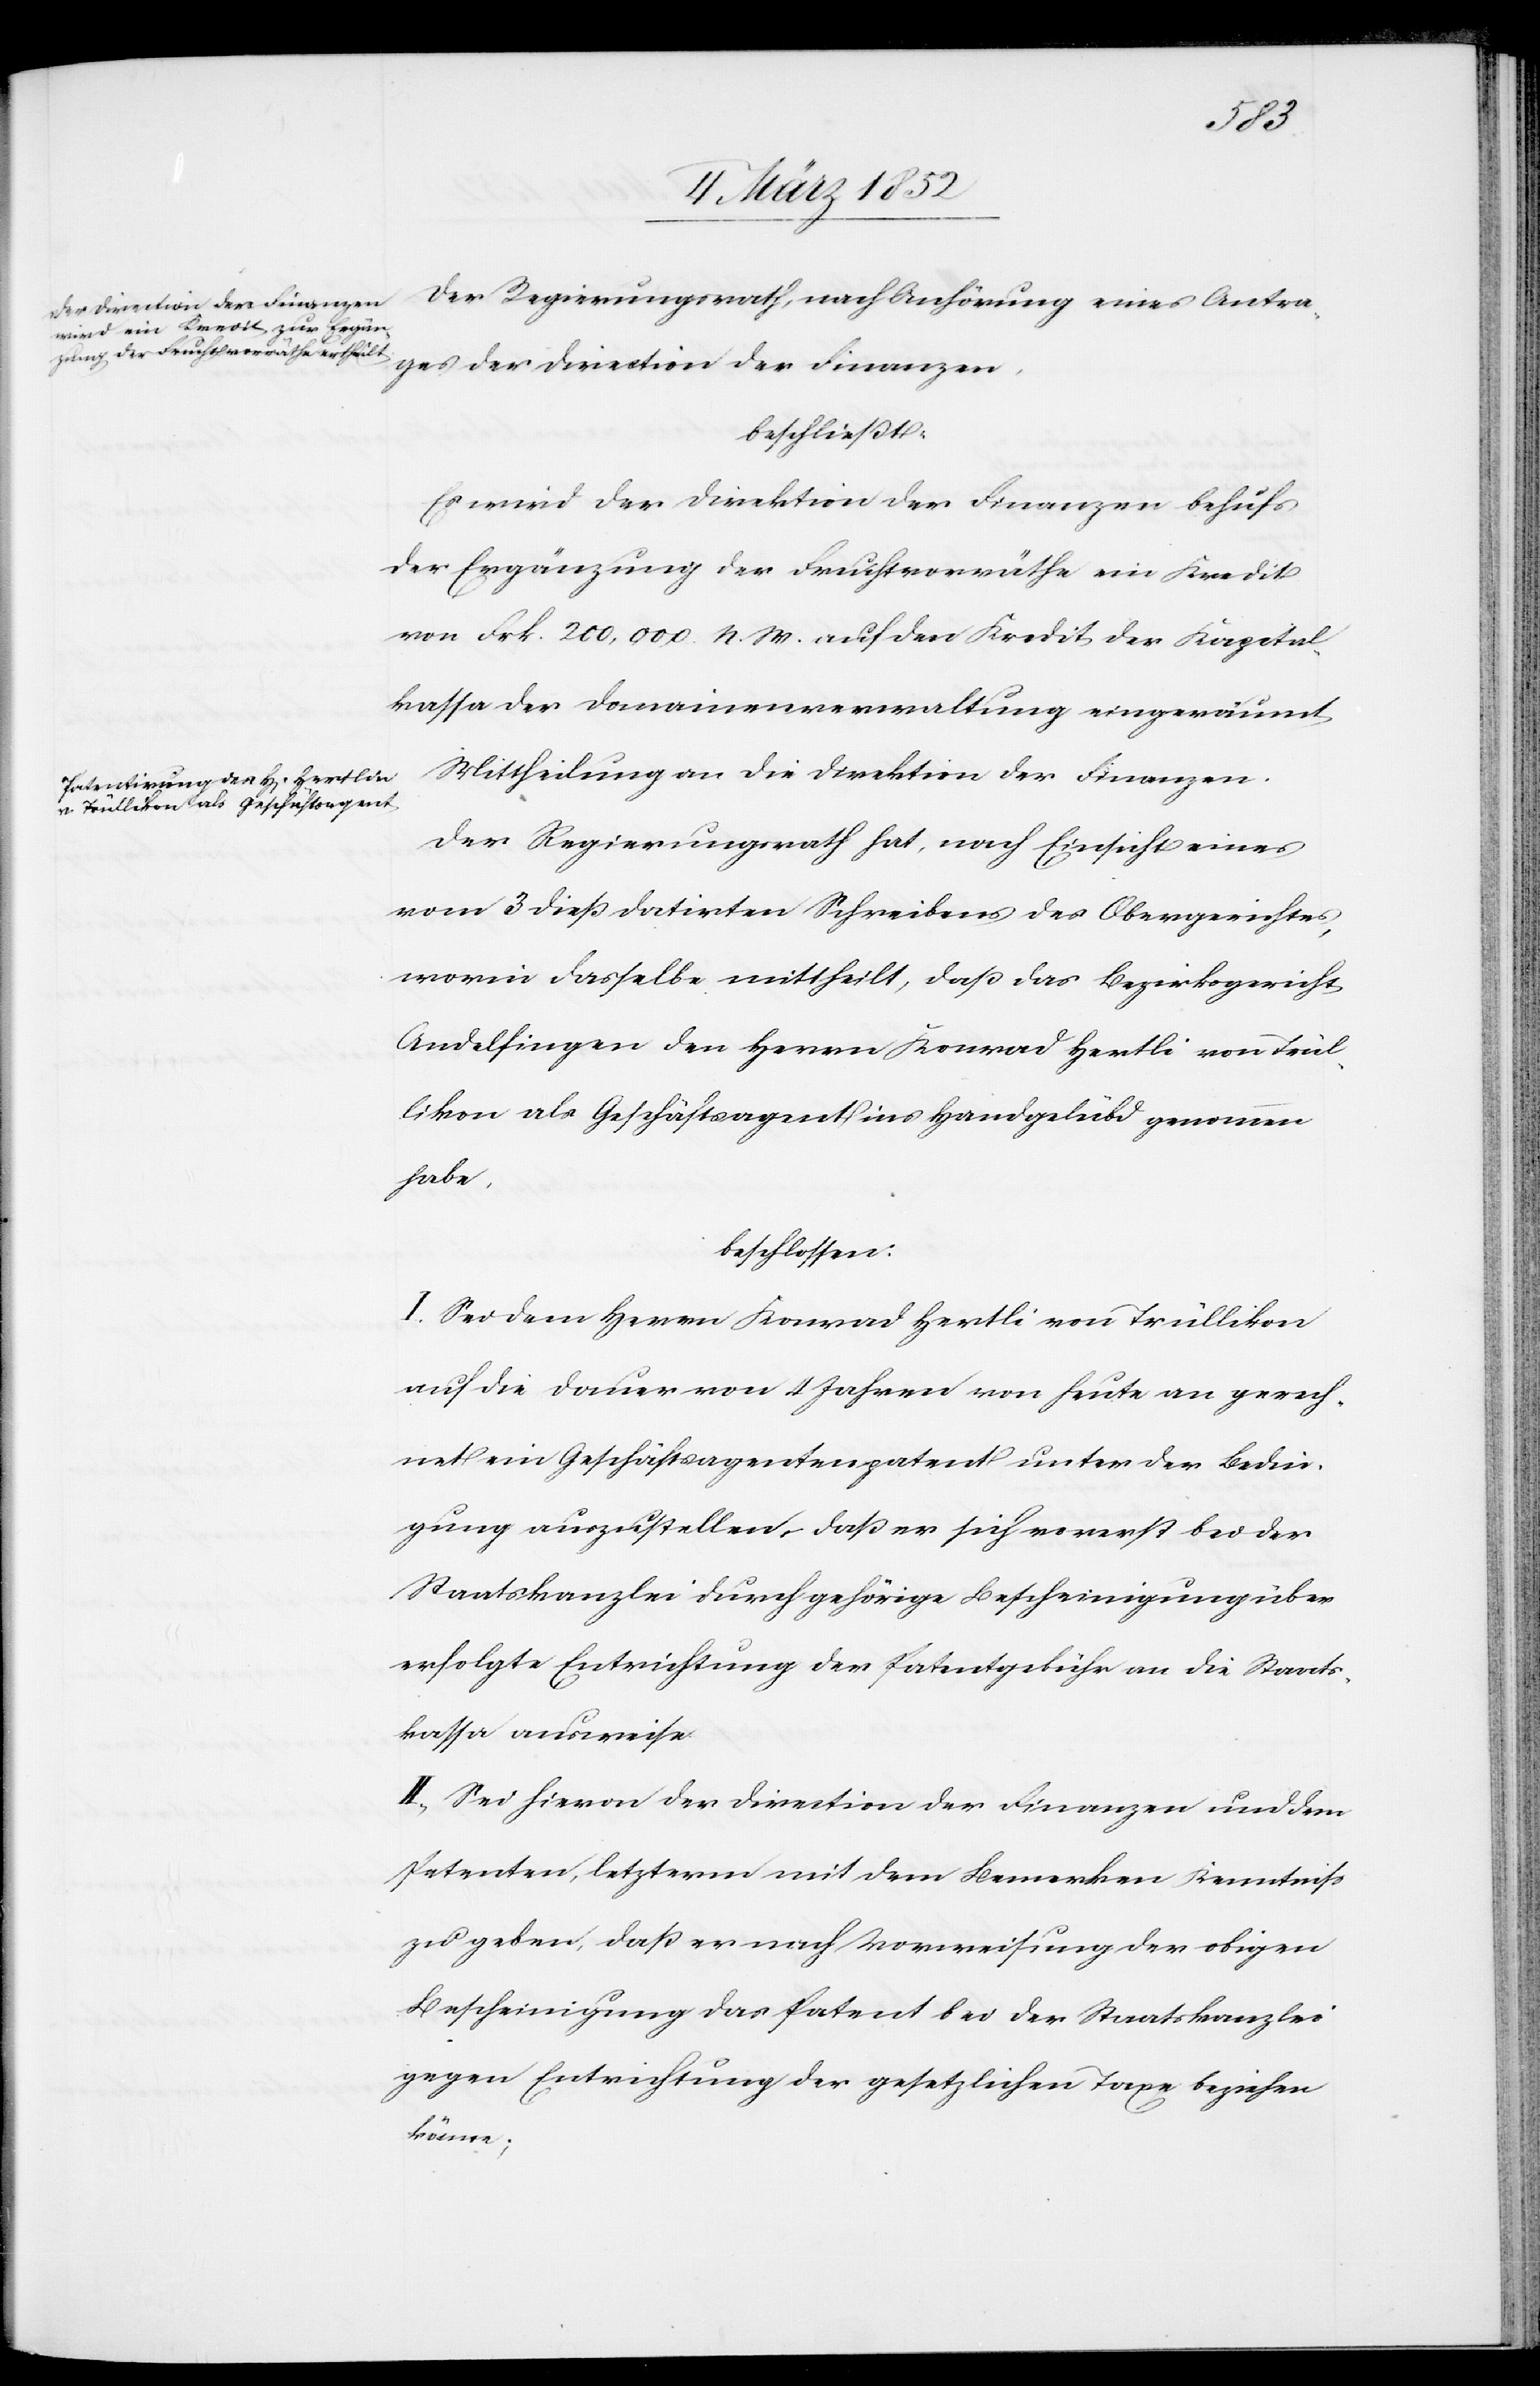
Der Regierungsrath, nach Anhörung eines Antra¬
ges der Direction der Finanzen.
beschließt.
Es wird der Direktion der Finanzen behufs
der Ergänzung der Fruchtvorräthe ein Kredit
von Frk. 200,000 N. W. auf den Kredit der Kapital¬
kassa der Domainenverwaltung eingeräumt.
Mittheilung an die Direktion der Finanzen.
Der Regierungsrath hat, nach Einsicht eines
vom 3 dieß datirten Schreibens des Obergerichtes,
worin dasselbe mittheilt, daß das Bezirksgericht
Andelfingen den Herrn Konrad Hertli [sic!] von Trül¬
likon als Geschäftsagent ins Handgelübd genommen
habe.
beschlossen:
I. Sei dem Herrn Konrad Hertli von Trüllikon
auf die Dauer von 4 Jahren von heute an gerech¬
net ein Geschäftsagentpatent unter der Bedin¬
gung auszustellen, daß er sich vorerst bei der
Staatskanzlei durch gehörige Bescheinigung über
erfolgte Entrichtung der Patentsgebühr an die Staats¬
kassa ausweise.
II.) Sei hievon der Direction der Finanzen und dem
Petenten, letzterm mit dem Bemerken Kenntniß
zu geben, daß er nach Vorweisung der obigen
Bescheinigung das Patent bei der Staatskanzlei
gegen Entrichtung der gesetzlichen Taxe beziehen
könne;